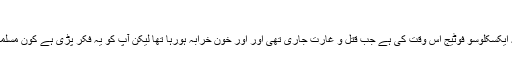
in May 31st, 2010 at
افٰضل صاحب کبھی تو يقين نہيں آتا آپ عرصہ سے امريکہ ميں مقيم ہيں- يہ ايکسکلوسو فوٹيج اس وقت کی ہے جب قتل و غارت جاری تھی اور اور خون خرابہ ہورہا تھا ليکن آپ کو يہ فکر پڑی ہے کون مسلمان ہے کون نہيں- چليئے مسلمانوں نے کافروں کو قتل کرديا، اب خوش ہيں؟